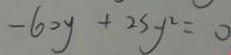
- 6 0 y + 2 s y ^ { 2 } = 0